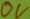
Text: 0V